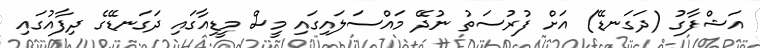
އަޝްފާގު (ދަަގަނޑޭ) އަށް ފުރުސަތު ނުދޭ މައްސަލައިގައި މީސް މީޑިއާގައި ދަގަނޑޭގެ ދިފާއުގައި